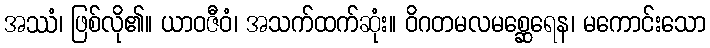
အဿံ၊ ဖြစ်လို၏။ ယာဝဇီဝံ၊ အသက်ထက်ဆုံး။ ဝိဂတမလမစ္ဆေရေန၊ မကောင်းသော